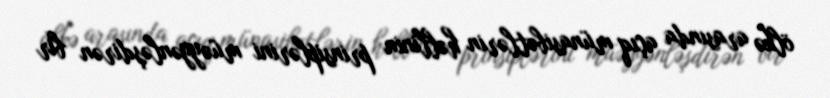
ölkə arasında açıq münasibətlərin həllinin prinsiplərini müəyyənləşdirən bir